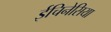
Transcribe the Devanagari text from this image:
ईचिनेसिया